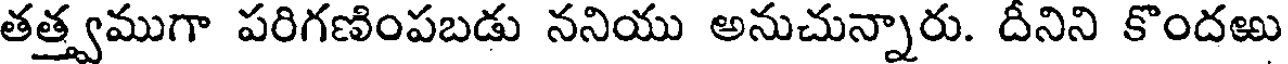
తత్త్వముగా పరిగణింపబడు ననియు అనుచున్నారు. దీనిని కొందఱు